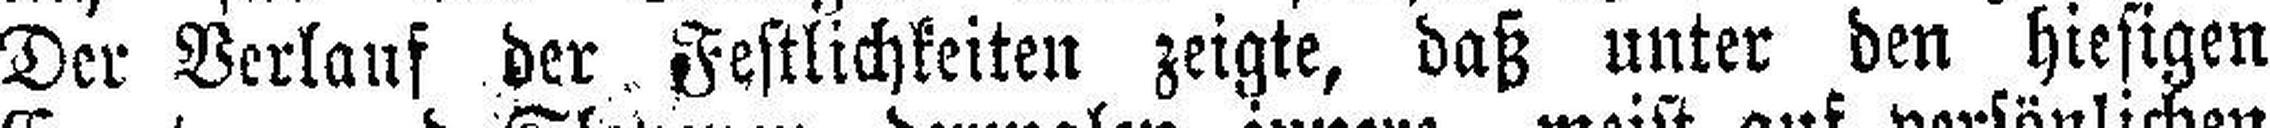
Der Verlauf der Festlichkeiten zeigte, daß unter den hiesigen